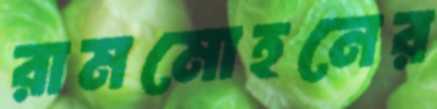
রামমোহনের